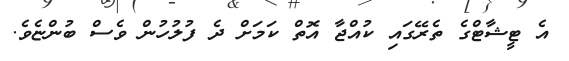
އެ ޓީޝާޓްގެ ތެރޭގައި ކުއްޖާ އޮތް ކަމަށް ދެ ފުލުހުން ވެސް ބުންޏެވެ.